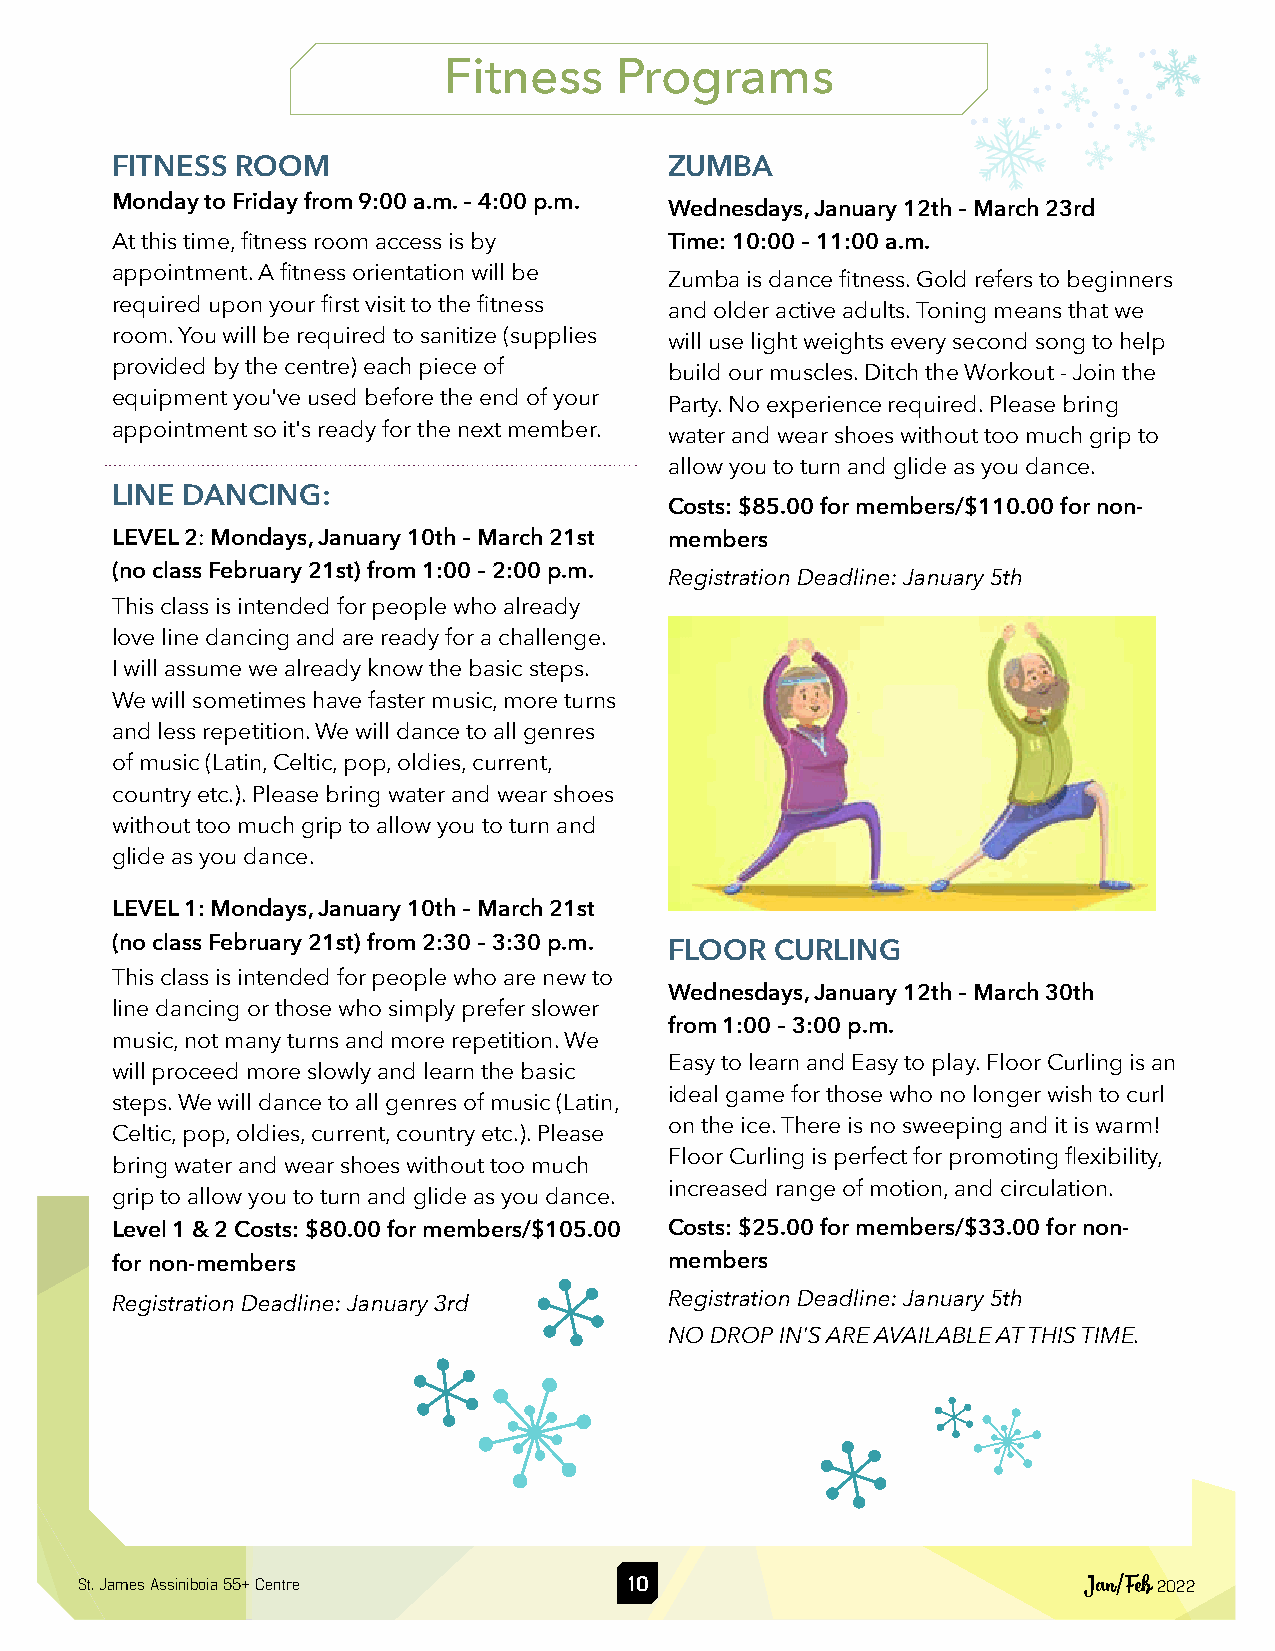
Fitness     Programs
 FITNESS  ROOM                        ZUMBA
 Monday to Friday from 9:00 a.m. – 4:00 p.m. Wednesdays, January 12th – March 23rd
 At this time, fitness room access is by Time: 10:00 – 11:00 a.m.
 appointment. A fitness orientation will be Zumba is dance fitness. Gold refers to beginners
 required upon your first visit to the fitness and older active adults. Toning means that we
 room. You will be required to sanitize (supplies will use light weights every second song to help
 provided by the centre) each piece of build our muscles. Ditch the Workout - Join the
 equipment you've used before the end of your Party. No experience required. Please bring
 appointment so it's ready for the next member. water and wear shoes without too much grip to
 allow you to turn and glide as you dance.
 LINE DANCING:
 Costs: $85.00 for members/$110.00 for non-
 LEVEL 2: Mondays, January 10th – March 21st members
 (no class February 21st) from 1:00 – 2:00 p.m. Registration Deadline: January 5th
 This class is intended for people who already
 love line dancing and are ready for a challenge.
 I will assume we already know the basic steps.
 We will sometimes have faster music, more turns
 and less repetition. We will dance to all genres
 of music (Latin, Celtic, pop, oldies, current,
 country etc.). Please bring water and wear shoes
 without too much grip to allow you to turn and
 glide as you dance.
 LEVEL 1: Mondays, January 10th – March 21st
 (no class February 21st) from 2:30 – 3:30 p.m.
 FLOOR  CURLING
 This class is intended for people who are new to
 Wednesdays, January 12th – March 30th
 line dancing or those who simply prefer slower
 from 1:00 – 3:00 p.m.
 music, not many turns and more repetition. We
 Easy to learn and Easy to play. Floor Curling is an
 will proceed more slowly and learn the basic
 ideal game for those who no longer wish to curl
 steps. We will dance to all genres of music (Latin,
 on the ice. There is no sweeping and it is warm!
 Celtic, pop, oldies, current, country etc.). Please
 Floor Curling is perfect for promoting flexibility,
 bring water and wear shoes without too much
 increased range of motion, and circulation.
 grip to allow you to turn and glide as you dance.
 Level 1 & 2 Costs: $80.00 for members/$105.00 Costs: $25.00 for members/$33.00 for non-
 for non-members                      members
 Registration Deadline: January 3rd   Registration Deadline: January 5th
 NO DROP IN'S ARE AVAILABLE AT THIS TIME.
 St. James Assiniboia 55+ Centre     10                             Jan/Feb 2022